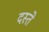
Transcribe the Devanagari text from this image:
दस्‍ते